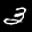
Label: 3